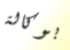
بوكالة